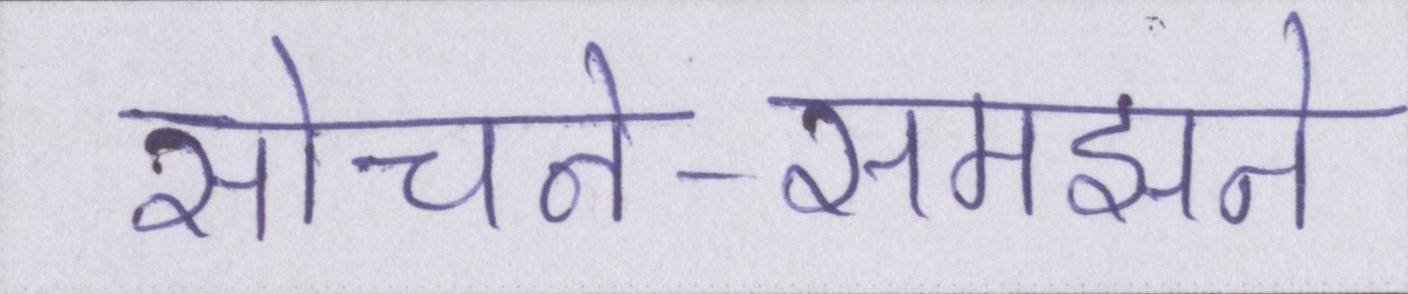
सोचने-समझने